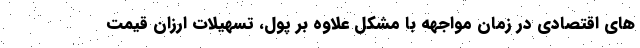
های اقتصادی در زمان مواجهه با مشکل علاوه بر پول، تسهیلات ارزان قیمت